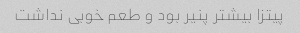
پیتزا بیشتر پنیر بود و طعم خوبی نداشت